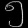
Digit: ၅